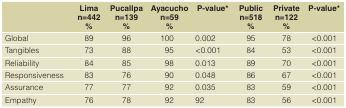
|  | Liman=442% | Pucallpan=139% | Ayacuchon=59% | P-value* | Publicn=518% | Privaten=122% | P-value* |
 | --- | --- | --- | --- | --- | --- | --- | --- |
 | Global | 89 | 96 | 100 | 0.002 | 95 | 78 | <0.001 |
 | Tangibles | 73 | 88 | 95 | <0.001 | 84 | 53 | <0.001 |
 | Reliability | 84 | 85 | 98 | 0.013 | 89 | 70 | <0.001 |
 | Responsiveness | 83 | 76 | 90 | 0.048 | 86 | 67 | <0.001 |
 | Assurance | 77 | 77 | 92 | 0.035 | 83 | 59 | <0.001 |
 | Empathy | 76 | 78 | 92 | 92 | 83 | 56 | <0.001 |